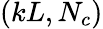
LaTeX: (kL,N_{c})